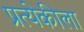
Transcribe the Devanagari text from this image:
प्रत्येकीला